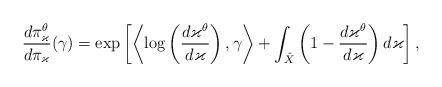
LaTeX: \begin{align*}\frac{d\pi_\varkappa^\theta}{d\pi_\varkappa}(\gamma)=\exp\left[\left\langle\log\left(\frac{d\varkappa^\theta}{d\varkappa}\right),\gamma\right\rangle+\int_{\hat X}\left(1-\frac{d\varkappa^\theta}{d\varkappa}\right)d\varkappa\right],\end{align*}